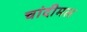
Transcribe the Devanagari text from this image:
चांदीमल